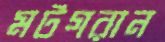
মটগরান